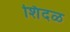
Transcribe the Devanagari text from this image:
शिंदळ